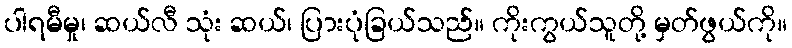
ပါရမီမှု၊ ဆယ်လီ သုံး ဆယ်၊ ပြားပုံခြယ်သည်။ ကိုးကွယ်သူတို့ မှတ်ဖွယ်ကို။